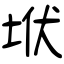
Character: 垘